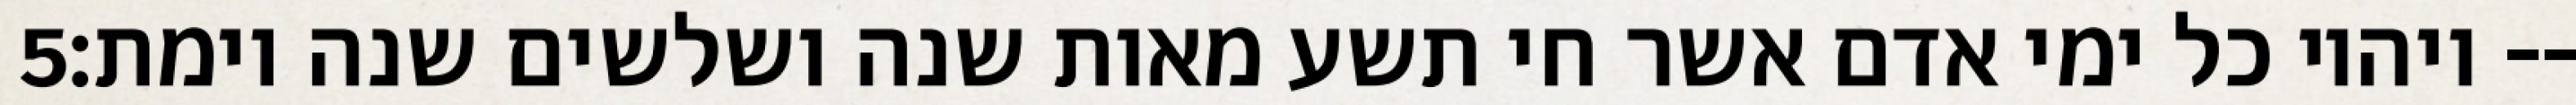
‎5‏ ויהיו כל ימי אדם אשר חי תשע מאות שנה ושלשים שנה וימת׃--